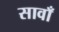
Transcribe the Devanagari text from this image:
सावाँ